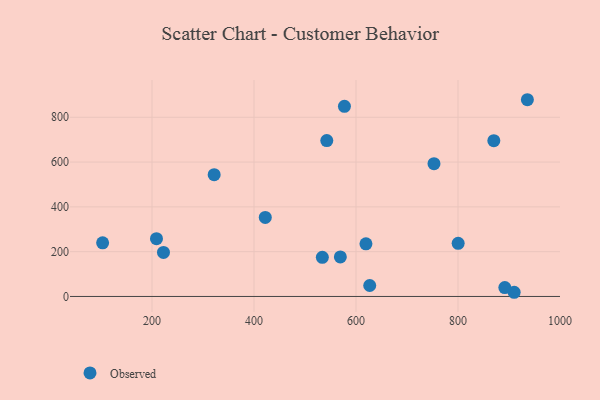
{"axis": {"x": "Engine Size", "y": "Yield"}, "legend": ["Observed"], "data": [{"x": "103.2", "y": 239.6, "type": "Observed"}, {"x": "626.9", "y": 48.9, "type": "Observed"}, {"x": "619.5", "y": 234.9, "type": "Observed"}, {"x": "752.9", "y": 592.9, "type": "Observed"}, {"x": "422.1", "y": 352.8, "type": "Observed"}, {"x": "870.2", "y": 695.5, "type": "Observed"}, {"x": "321.9", "y": 543.6, "type": "Observed"}, {"x": "208.8", "y": 258.0, "type": "Observed"}, {"x": "542.7", "y": 696.0, "type": "Observed"}, {"x": "936.0", "y": 878.2, "type": "Observed"}, {"x": "577.3", "y": 848.9, "type": "Observed"}, {"x": "800.3", "y": 237.2, "type": "Observed"}, {"x": "534.0", "y": 174.7, "type": "Observed"}, {"x": "222.5", "y": 196.5, "type": "Observed"}, {"x": "910.1", "y": 18.7, "type": "Observed"}, {"x": "891.8", "y": 39.9, "type": "Observed"}, {"x": "569.3", "y": 176.3, "type": "Observed"}]}